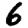
Digit: 6